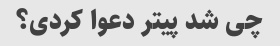
چی شد پیتر دعوا کردی؟